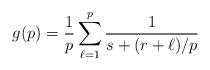
LaTeX: \begin{align*}g(p) = \frac{1}{p}\sum_{\ell=1}^{p} \frac{1}{s+(r+\ell)/p}\end{align*}